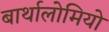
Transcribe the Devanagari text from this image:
बार्थालोमियो